Report on the lunatic asylums under the Government of Bombay - 1904-1913
Year: 1904
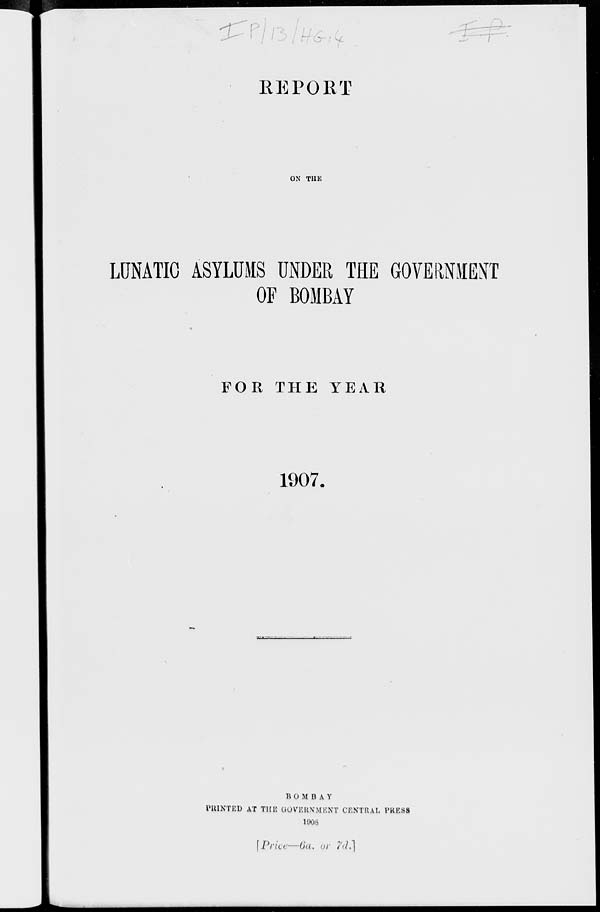
REPORT
ON THE
LUNATIC ASYLUMS UNDER THE GOVERNMENT
OF BOMBAY
FOR THE YEAR
1907.
BOMBAY
PRINTED AT THE GOVERNMENT CENTRAL PRESS
1908
[Price—6a. or 7d.]